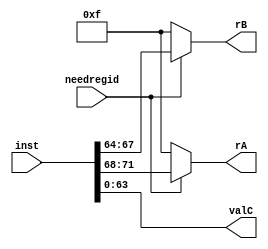
module align (
    inst, needregid, rA, rB, valC
);
input [79:0] inst;
output [3:0] rA, rB;
output [63:0] valC;
input needregid;

assign rA = needregid ? inst[71:68] : 15;
assign rB = needregid ? inst[67:64] : 15;

assign valC = inst[63:0];
endmodule